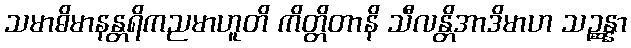
သမာဓိမာနန္တရိကညမာဟူတိ ကိတ္တိတာနိ သီလန္တိအာဒိမာဟ သဉ္ဆန္နာ